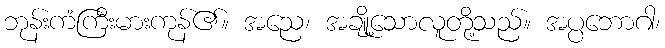
ဘုန်းကံကြီးမားကုန်၏။ အညေ၊ အချို့သောလူတို့သည်။ အပ္ပဘောဂါ၊